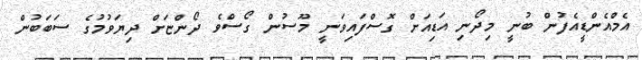
އެމްއެންޑީއެފުން ބުނީ މިދޯނި އަޑިއަށް ގޮސްފައިވަނީ މޫސުން ގޯސްވެ ދޯންޏަށް ދިޔަވުމުގެ ސަބަބުން